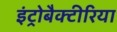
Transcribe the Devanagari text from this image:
इंट्रोबैक्टीरिया